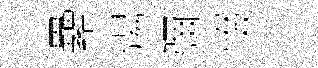
纍煬彌惙